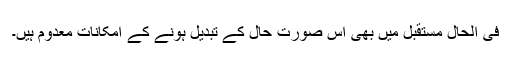
فی الحال مستقبل میں بھی اس صورتِ حال کے تبدیل ہونے کے امکانات معدوم ہیں۔